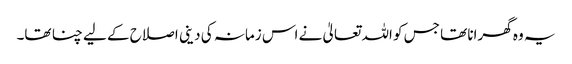
یہ وہ گھرانا تھا جس کو اللہ تعالیٰ نے اس زمانہ کی دینی اصلاح کے لیے چنا تھا۔